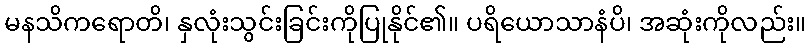
မနသိကရောတိ၊ နှလုံးသွင်းခြင်းကိုပြုနိုင်၏။ ပရိယောသာနံပိ၊ အဆုံးကိုလည်း။